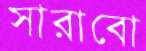
সারাবো